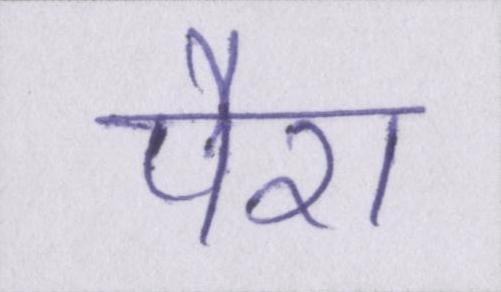
पैरा